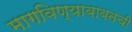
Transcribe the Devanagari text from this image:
मागविण्याबाबतची